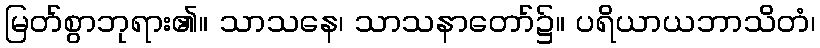
မြတ်စွာဘုရား၏။ သာသနေ၊ သာသနာတော်၌။ ပရိယာယဘာသိတံ၊